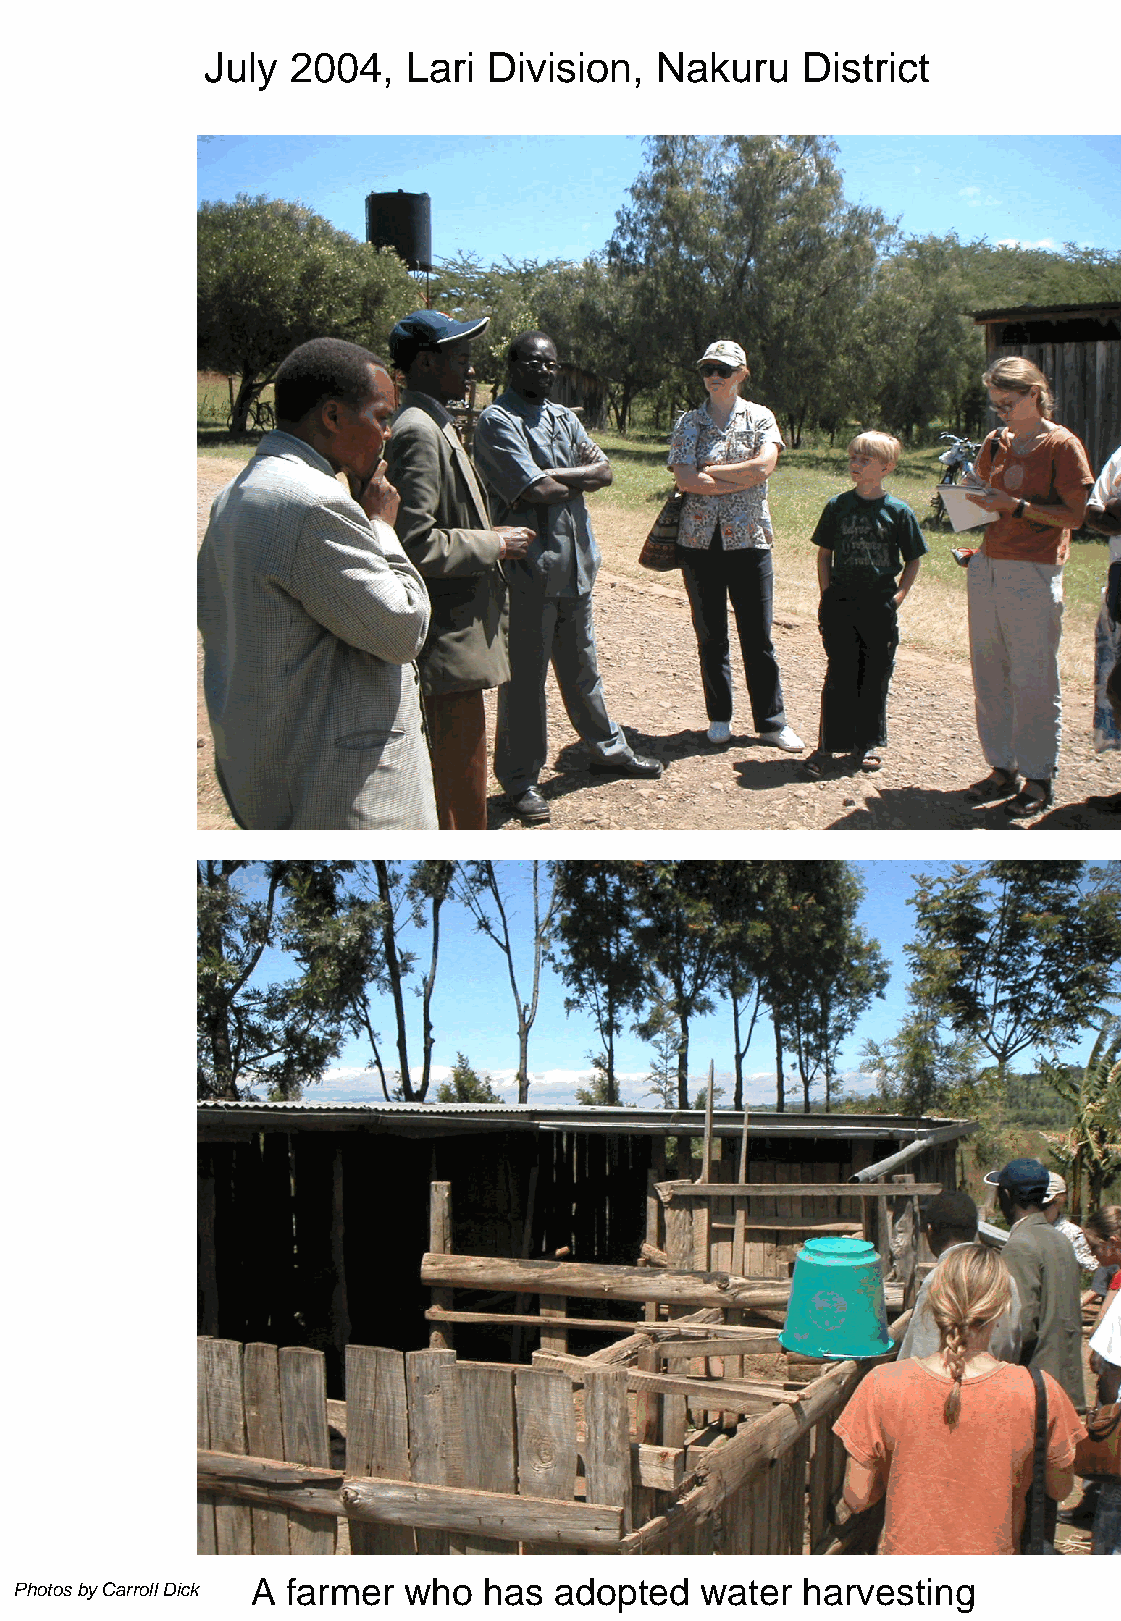
July 2004,   Lari Division,   Nakuru   District
 A farmer  who  has  adopted  water  harvesting
 Photos by Carroll Dick